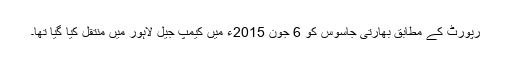
رپورٹ کے مطابق بھارتی جاسوس کو 6 جون 2015ء میں کیمپ جیل لاہور میں منتقل کیا گیا تھا۔